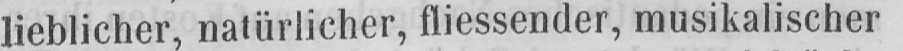
lieblicher, natürlicher, fliessender, musikalischer